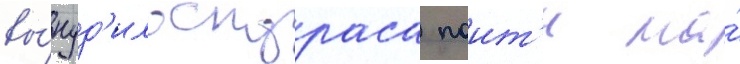
вы́нуд'ило скураса поит'и на́